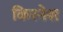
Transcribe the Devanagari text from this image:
किरनेश